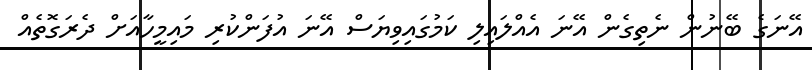
އޭނަގެ ބޭނުން ނެތިގެން އޭނަ އެއްލައިލި ކަމުގައިވިޔަސް އޭނަ އުފަންކުރި މައިމީހާއަށް ދެރަގޮތެއް